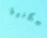
السكنية